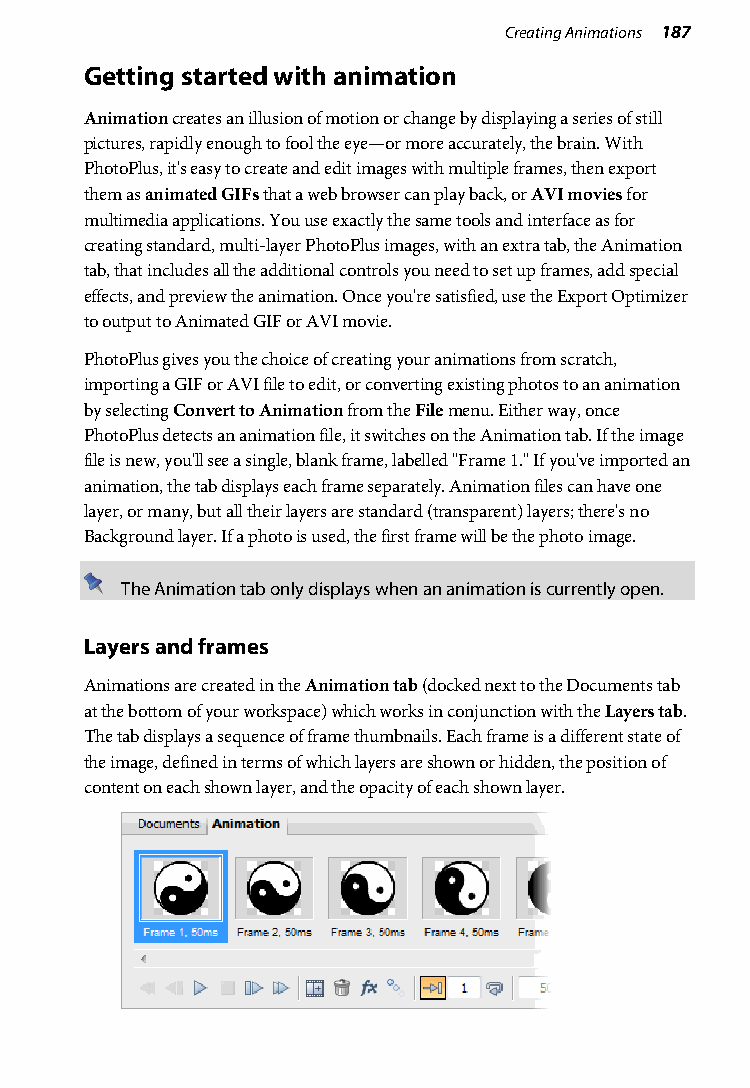
Creating Animations 187
 Getting started with animation
 Animation creates an illusion of motion or change by displaying a series of still
 pictures, rapidly enough to fool the eye—or more accurately, the brain. With
 PhotoPlus, it's easy to create and edit images with multiple frames, then export
 them as animated GIFs that a web browser can play back, or AVI movies for
 multimedia applications. You use exactly the same tools and interface as for
 creating standard, multi-layer PhotoPlus images, with an extra tab, the Animation
 tab, that includes all the additional controls you need to set up frames, add special
 effects, and preview the animation. Once you're satisfied, use the Export Optimizer
 to output to Animated GIF or AVI movie.
 PhotoPlus gives you the choice of creating your animations from scratch,
 importing a GIF or AVI file to edit, or converting existing photos to an animation
 by selecting Convert to Animation from the File menu. Either way, once
 PhotoPlus detects an animation file, it switches on the Animation tab. If the image
 file is new, you'll see a single, blank frame, labelled "Frame 1." If you've imported an
 animation, the tab displays each frame separately. Animation files can have one
 layer, or many, but all their layers are standard (transparent) layers; there's no
 Background layer. If a photo is used, the first frame will be the photo image.
 The Animation tab only displays when an animation is currently open.
 Layers and frames
 Animations are created in the Animation tab (docked next to the Documents tab
 at the bottom of your workspace) which works in conjunction with the Layers tab.
 The tab displays a sequence of frame thumbnails. Each frame is a different state of
 the image, defined in terms of which layers are shown or hidden, the position of
 content on each shown layer, and the opacity of each shown layer.